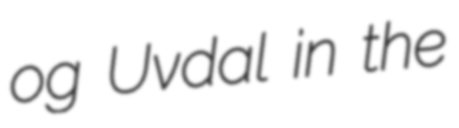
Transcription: og Uvdal in the